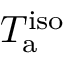
T _ { \mathrm { a } } ^ { \mathrm { i s o } }